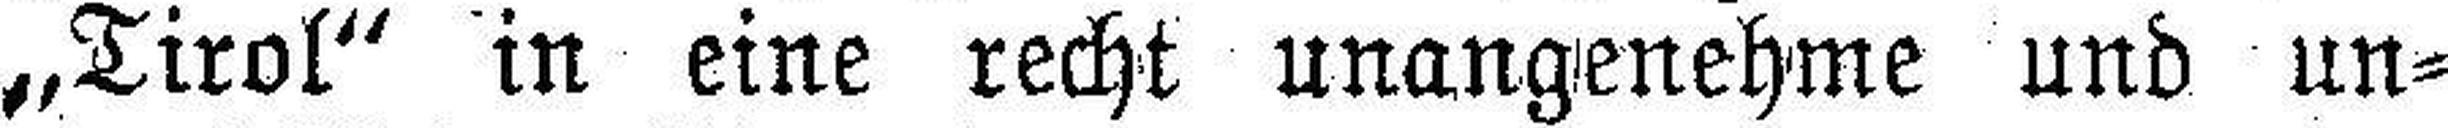
„Tirol“ in eine recht unangenehme und un¬